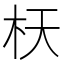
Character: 𣏿